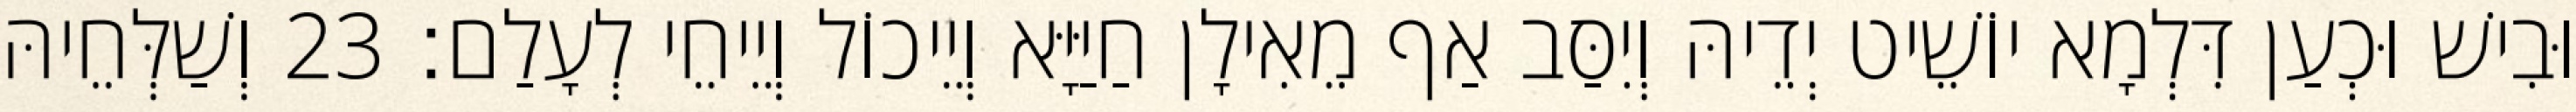
וּבִישׁ וּכְעַן דִּלְמָא יוֹשֵׁיט יְדֵיהּ וְיִסַּב אַף מֵאִילָן חַיַּיָּא וְיֵיכוֹל וְיֵיחֵי לְעָלַם׃ 23 וְשַׁלְּחֵיהּ